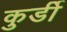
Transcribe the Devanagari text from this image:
कुर्डी